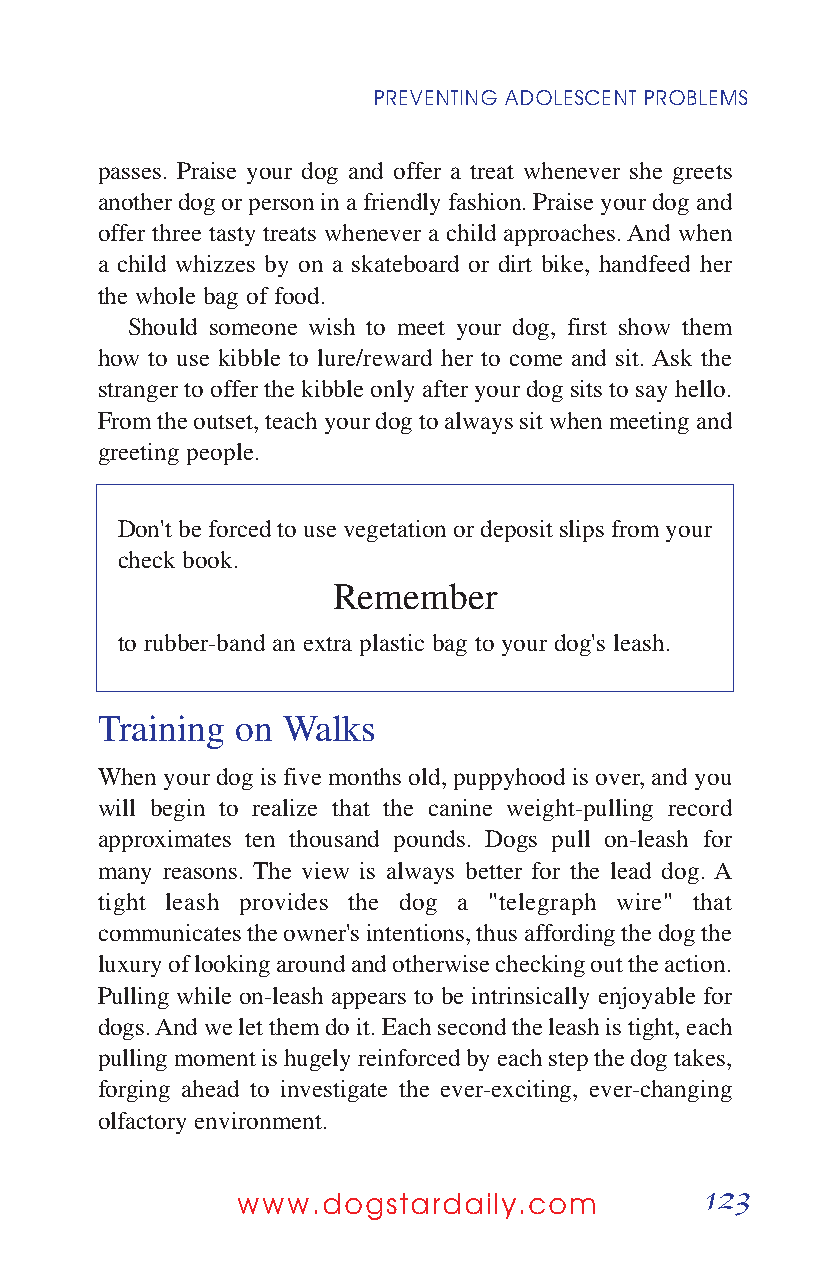
PREVENTING ADOLESCENT PROBLEMS
 passes. Praise your dog and offer a treat whenever she greets
 another dog or person in a friendly fashion. Praise your dog and
 offer three tasty treats whenever a child approaches. And when
 a child whizzes by on a skateboard or dirt bike, handfeed her
 the whole bag of food.
 Should someone wish to meet your dog, first show them
 how to use kibble to lure/reward her to come and sit. Ask the
 stranger to offer the kibble only after your dog sits to say hello.
 From the outset, teach your dog to always sit when meeting and
 greeting people.
 Don't be forced to use vegetation or deposit slips from your
 check book.
 Remember
 to rubber-band an extra plastic bag to your dog's leash.
 Training  on Walks
 When your dog is five months old, puppyhood is over, and you
 will begin to realize that the canine weight-pulling record
 approximates ten thousand pounds. Dogs pull on-leash for
 many reasons. The view is always better for the lead dog. A
 tight leash provides the dog a "telegraph wire" that
 communicates the owner's intentions, thus affording the dog the
 luxury of looking around and otherwise checking out the action.
 Pulling while on-leash appears to be intrinsically enjoyable for
 dogs. And we let them do it. Each second the leash is tight, each
 pulling moment is hugely reinforced by each step the dog takes,
 forging ahead to investigate the ever-exciting, ever-changing
 olfactory environment.
 123
 www.dogstardaily.com